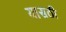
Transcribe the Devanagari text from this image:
यासठी